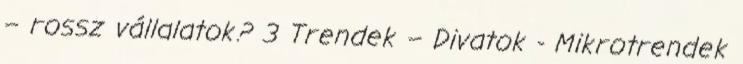
– rossz vállalatok? 3 Trendek – Divatok - Mikrotrendek